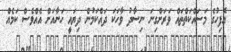
އޮފިހުގެ މަސައްކަތްތައް ވަރަށްގިނަ ނިސާދު ވާހަކަ ދައްކަމުން ދިޔައީ ހަނާއަށް އެއްވެސް ކަމެއް